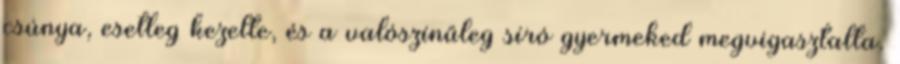
csúnya, esetleg kezelte, és a valószínűleg síró gyermeked megvigasztalta.